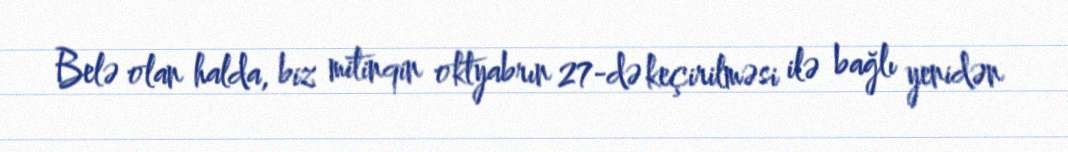
Belə olan halda, biz mitinqin oktyabrın 27-də keçirilməsi ilə bağlı yenidən